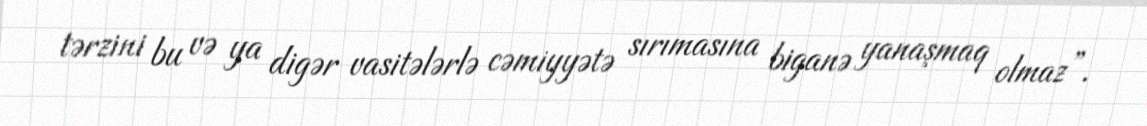
tərzini bu və ya digər vasitələrlə cəmiyyətə sırımasına biganə yanaşmaq olmaz”.